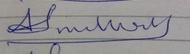
Signature authenticity: forged